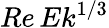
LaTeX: Re\, Ek^{1/3}